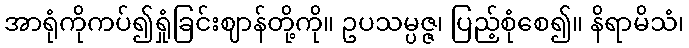
အာရုံကိုကပ်၍ရှုံခြင်းဈာန်တို့ကို။ ဥပသမ္ပဇ္ဇ၊ ပြည့်စုံစေ၍။ နိရာမိသံ၊